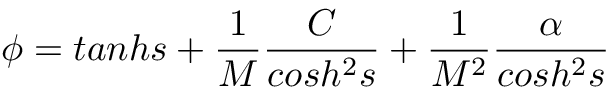
\phi = t a n h s + \frac { 1 } { M } \frac { C } { c o s h ^ { 2 } s } + \frac { 1 } { M ^ { 2 } } \frac { \alpha } { c o s h ^ { 2 } s } \; \; \; \; \; \; \; \; \; \; \; \; \; \; \;